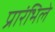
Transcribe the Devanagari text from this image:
प्रारंभिले